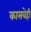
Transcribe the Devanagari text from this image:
कासवेही